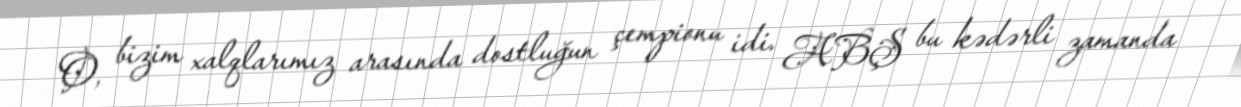
O, bizim xalqlarımız arasında dostluğun çempionu idi. ABŞ bu kədərli zamanda